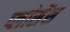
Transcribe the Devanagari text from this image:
प्लीसेंस